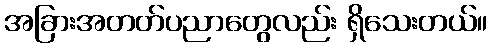
အခြားအတတ်ပညာတွေလည်း ရှိသေးတယ်။